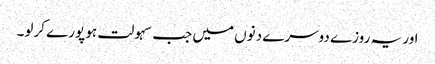
اور یہ روزے دوسرے دنوں میں جب سہولت ہو پورے کرلو۔